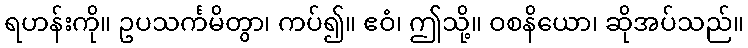
ရဟန်းကို။ ဥပသင်္ကမိတွာ၊ ကပ်၍။ ဧဝံ၊ ဤသို့။ ဝစနိယော၊ ဆိုအပ်သည်။